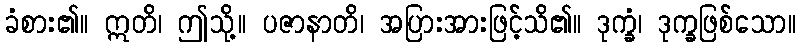
ခံစား၏။ ဣတိ၊ ဤသို့။ ပဇာနာတိ၊ အပြားအားဖြင့်သိ၏။ ဒုက္ခံ၊ ဒုက္ခဖြစ်သော။